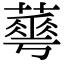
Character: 𦾓